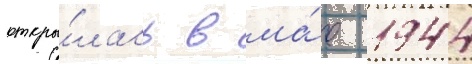
откры́лась в ма́е 1944